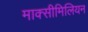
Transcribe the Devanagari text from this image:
माक्सीमिलियन